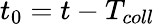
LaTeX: t_{0}=t-T_{coll}